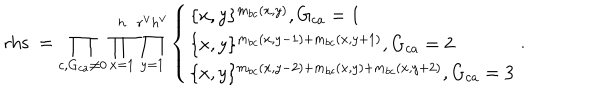
\mathrm { r h s \ } = \prod _ { c , G _ { c a } \neq 0 } \prod _ { x = 1 } ^ { h } \prod _ { y = 1 } ^ { r ^ { \vee } h ^ { \vee } } \left\{ \begin{array} { l } { { \{ x , y \} ^ { m _ { b c } ( x , y ) } , G _ { c a } = 1 } } \\ { { \{ x , y \} ^ { m _ { b c } ( x , y - 1 ) + m _ { b c } ( x , y + 1 ) } , G _ { c a } = 2 } } \\ { { \{ x , y \} ^ { m _ { b c } ( x , y - 2 ) + m _ { b c } ( x , y ) + m _ { b c } ( x , y + 2 ) } , G _ { c a } = 3 } } \\ \end{array} \right. .